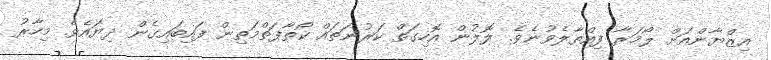
އިޒްޔާންއަށް ލޯމަރާ ފިއްތާލެވުނެވެ. ލޮލުން އޮހިގަތް ކަރުނަތައް ކޯތާފަތްމަތިން ފައިބައިގެން ދިޔައެވެ. މިހާރު